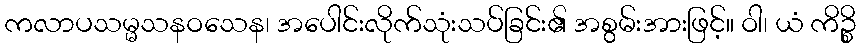
ကလာပသမ္မသနဝသေန၊ အပေါင်းလိုက်သုံးသပ်ခြင်း၏ အစွမ်းအားဖြင့်။ ဝါ၊ ယံ ကိဉ္စိ